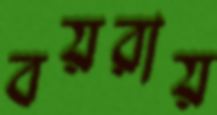
বয়রায়